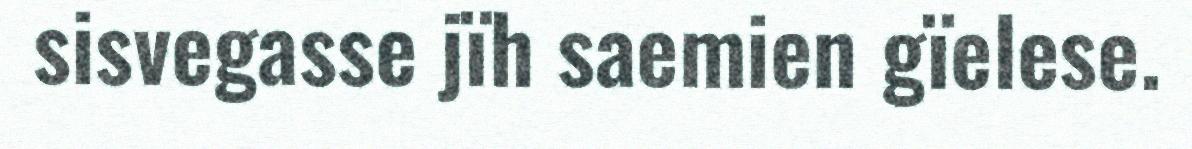
sisvegasse jïh saemien gïelese.